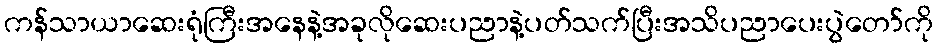
ကန်သာယာဆေးရုံကြီးအနေနဲ့အခုလိုဆေးပညာနဲ့ပတ်သက်ပြီးအသိပညာပေးပွဲတော်ကို